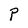
Character: P